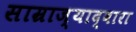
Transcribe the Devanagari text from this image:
साम्राज्याद्वारा